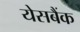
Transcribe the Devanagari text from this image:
येसबैंक